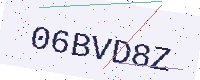
Text: 06BVD8Z